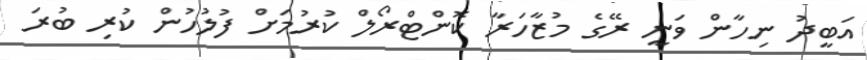
އަބީދު ނިހާން ވަނީ ރޭގެ މުޒާހަރާ ކޮންޓްރޯލް ކުރުމަށް ފުލުހުން ކުރި ބުރަ